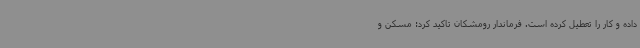
داده و کار را تعطیل کرده است. فرماندار رومشکان تاکید کرد: مسکن و